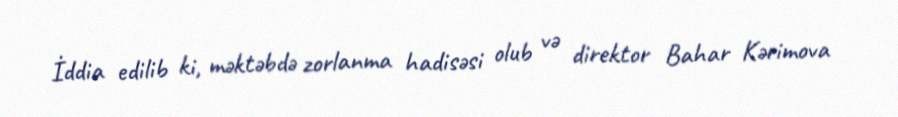
İddia edilib ki, məktəbdə zorlanma hadisəsi olub və direktor Bahar Kərimova